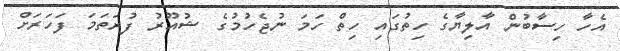
އެހާ ހިސާބުން އާލިޔާގެ ހިތުގައި ހިތް ހަމަ ނުޖެހުމުގެ ޝުއޫރު ފުރަތަމަ ފަހަރަށް